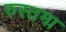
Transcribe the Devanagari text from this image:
रुस्तमा